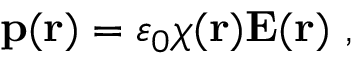
\mathbf { p } ( \mathbf { r } ) = \varepsilon _ { 0 } \chi ( \mathbf { r } ) \mathbf { E } ( \mathbf { r } ) \ ,